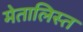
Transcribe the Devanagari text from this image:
मेतालिस्त